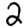
Digit: 2